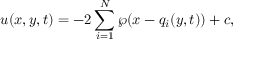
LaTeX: u ( x , y , t ) = - 2 \sum _ { i = 1 } ^ { N } \wp ( x - q _ { i } ( y , t ) ) + c ,